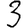
Digit: 3